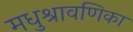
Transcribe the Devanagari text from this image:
मधुश्रावणिका